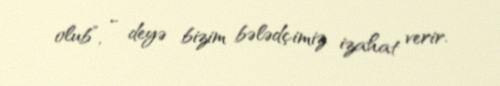
olub”, - deyə bizim bələdçimiz izahat verir.